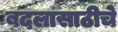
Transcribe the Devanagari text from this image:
बदलासाठीचे